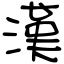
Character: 漢